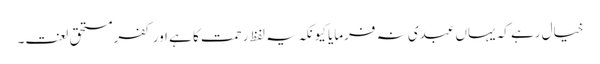
خیال رہے کہ یہاں عبدی نہ فرمایا کیونکہ یہ لفظ رحمت کا ہے اور کفرمستحق لعنت۔